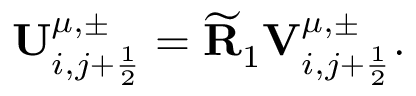
\mathbf { U } _ { i , j + \frac { 1 } { 2 } } ^ { \mu , \pm } = \widetilde { \mathbf { R } } _ { 1 } { \mathbf { V } } _ { i , j + \frac { 1 } { 2 } } ^ { \mu , \pm } .